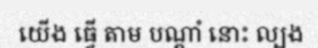
យើង ធ្វើ តាម បណ្តាំ នោះ ល្បង